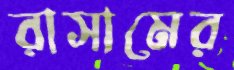
রাসামের